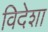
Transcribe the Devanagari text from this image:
विदेशा